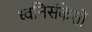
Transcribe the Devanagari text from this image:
ध्वनिसंकेतों